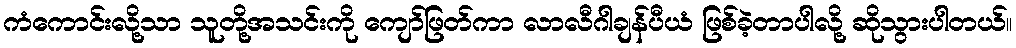
ကံကောင်းလို့သာ သူတို့အသင်းကို ကျော်ဖြတ်ကာ လာလီဂါချန်ပီယံ ဖြစ်ခဲ့တာပါလို့ ဆိုသွားပါတယ်။